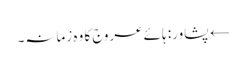
← پشاور: ہائے عروج کا وہ زمانہ۔